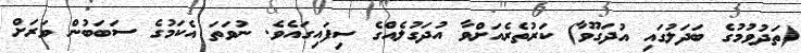
(ތަދުވުމުގެ ބަދަލުގައި އުދަގޫވާ) ކަރުތެރެއަށްވާ އުދަގުލެއްގެ ސިފައިގައެވެ. ނުވަތަ އެކަމުގެ ސަބަބުން ވަރަށް